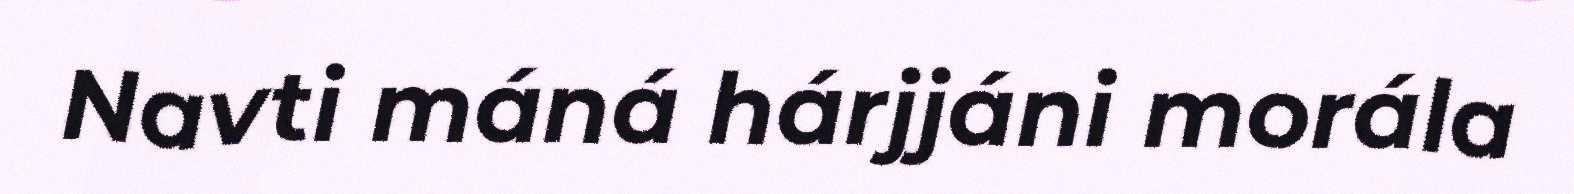
Navti máná hárjjáni morála